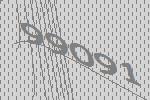
99091